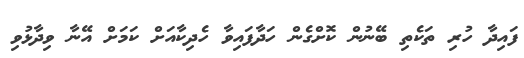
ފައިދާ ހުރި ތަކެތި ބޭނުން ކޮށްގެން ހަދާފައިވާ ހެދިކާއަށް ކަމަށް އޭނާ ވިދާޅުވި